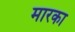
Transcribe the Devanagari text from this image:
मारका